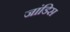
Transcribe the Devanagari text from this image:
जांडिस